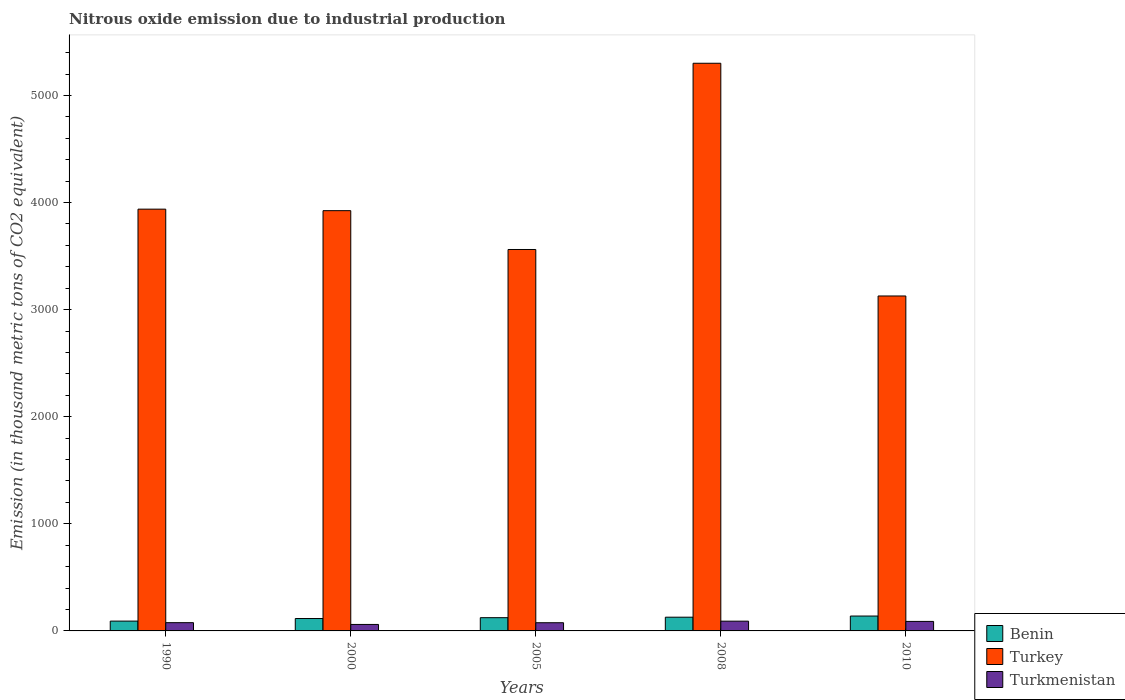
| Years | Benin | Turkey | Turkmenistan |
 | --- | --- | --- | --- |
 | 1990 | 91.7 | 3.94e+03 | 77.1 |
 | 2000 | 116 | 3.92e+03 | 60.5 |
 | 2005 | 124 | 3.56e+03 | 76.5 |
 | 2008 | 128 | 5.3e+03 | 91.1 |
 | 2010 | 139 | 3.13e+03 | 88.7 |